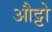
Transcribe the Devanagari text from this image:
औट्टो